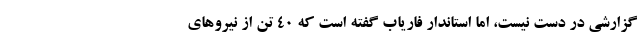
گزارشی در دست نیست، اما استاندار فاریاب گفته است که ۴۰ تن از نیرو‌های